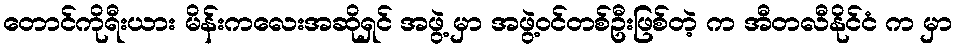
တောင်ကိုရီးယား မိန်းကလေးအဆိုရှင် အဖွဲ့ မှာ အဖွဲ့ဝင်တစ်ဦးဖြစ်တဲ့ က အီတလီနိုင်ငံ က မှာ